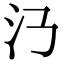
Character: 𣱴